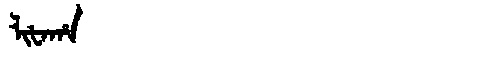
Manchu: ᠯᡳᡶᠠᡥᠠ
Romanization: LIFAHA